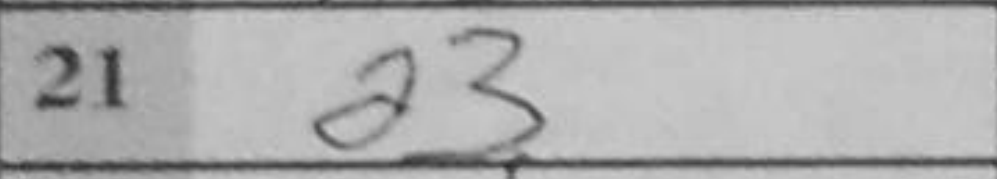
Transcription: a3